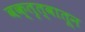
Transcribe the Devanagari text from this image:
वक्तृत्वातून